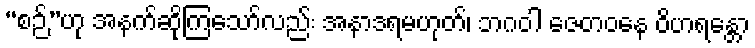
“စဉ်”ဟု အနက်ဆိုကြသော်လည်း အနာဒရမဟုတ်၊ ဘဂဝါ ဇေတဝနေ ဝိဟရန္တော